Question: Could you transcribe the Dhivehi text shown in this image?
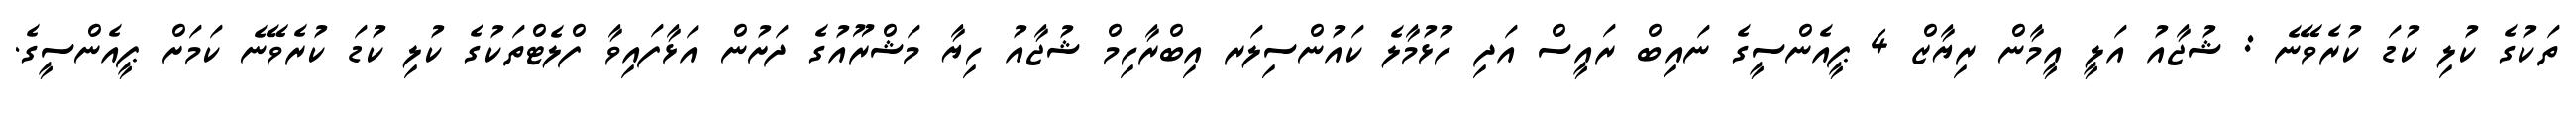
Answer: ތަކުގެ ކުލި ކުޑަ ކުރެވޭނެ : ޝުޖާއު އަލީ އީމާން ރިޔާޒް 4 ޕީއެންސީގެ ނައިބް ރައީސް އަދި ހުޅުމާލެ ކައުންސިލަރ އިބްރާހިމް ޝުޖާއު ހިޔާ މަޝްރޫއުގެ ދަށުން އަޅާފައިވާ ފްލެޓްތަކުގެ ކުލި ކުޑަ ކުރެވޭނެ ކަމަށް ޕީއެންސީގެ.